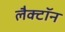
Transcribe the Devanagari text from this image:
लैक्टॉन